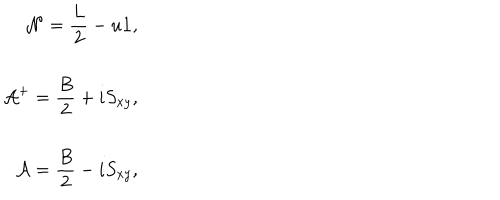
LaTeX: \begin{array} { r l } { { \displaystyle { \cal N } = \frac { L } { 2 } - u { \bf 1 } , } } \\ { { \displaystyle { \cal A } ^ { + } = \frac { B } { 2 } + i S _ { x y } , } } \\ { { \displaystyle { \cal A } = \frac { B } { 2 } - i S _ { x y } , } } \\ \end{array}